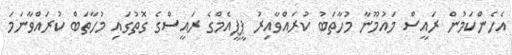
އެހެންކަމުން ރައީސް މައުމޫނާ މުހާތަބު ކުރައްވާއިރު ޕީޕީއެމްގެ ރައީސްގެ ގޮތުގައި މުހާތަބް ކުރައްވާނަމަ